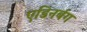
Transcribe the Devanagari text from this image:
एडिनर्बग